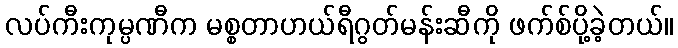
လပ်ကီးကုမ္ပဏီက မစ္စတာဟယ်ရီဂွတ်မန်းဆီကို ဖက်စ်ပို့ခဲ့တယ်။